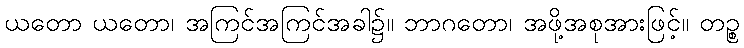
ယတော ယတော၊ အကြင်အကြင်အခါ၌။ ဘာဂတော၊ အဖို့အစုအားဖြင့်။ တဉ္စ